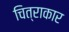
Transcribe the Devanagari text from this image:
चित्राकार